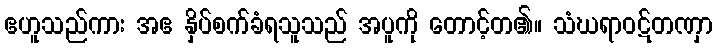
ဧဟူသည်ကား အဧ နှိပ်စက်ခံရသူသည် အပူကို တောင့်တ၏။ သံဃရာဝဋ်တဏှာ